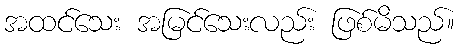
အထင်သေး အမြင်သေးလည်း ဖြစ်မိသည်။